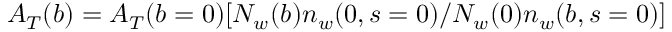
A _ { T } ( b ) = A _ { T } ( b = 0 ) [ N _ { w } ( b ) n _ { w } ( 0 , s = 0 ) / N _ { w } ( 0 ) n _ { w } ( b , s = 0 ) ]